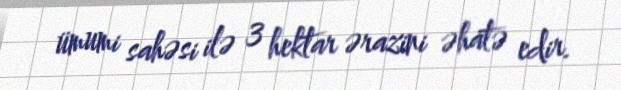
ümumi sahəsi ilə 3 hektar ərazini əhatə edir.